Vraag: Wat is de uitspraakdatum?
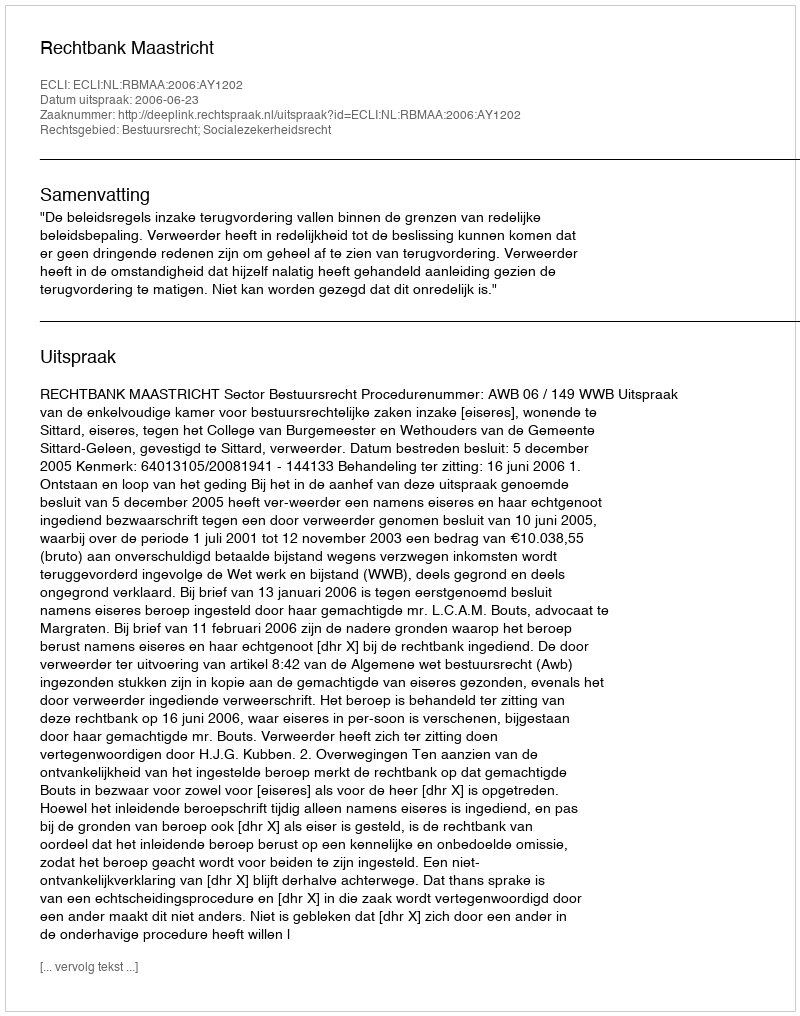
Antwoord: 2006-06-23